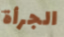
الجرأة